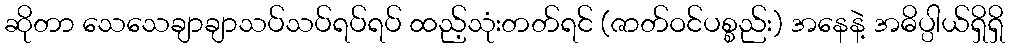
ဆိုတာ သေသေချာချာသပ်သပ်ရပ်ရပ် ထည့်သုံးတတ်ရင် (ဇာတ်ဝင်ပစ္စည်း) အနေနဲ့ အဓိပ္ပါယ်ရှိရှိ